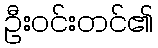
ဦးဝင်းတင်၏